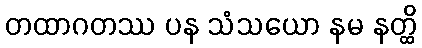
တထာဂတဿ ပန သံသယော နမ နတ္ထိ